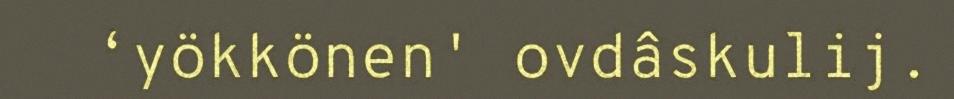
‘yökkönen' ovdâskulij.